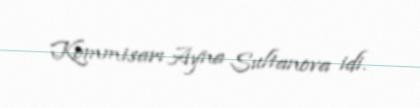
Kommisarı Ayna Sultanova idi.